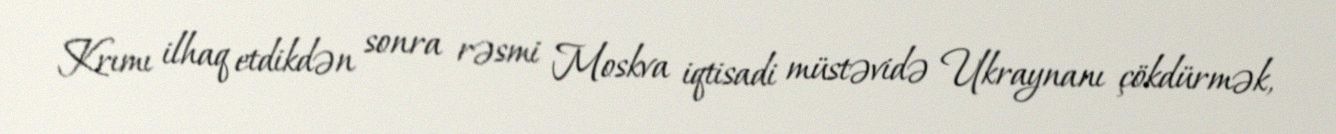
Krımı ilhaq etdikdən sonra rəsmi Moskva iqtisadi müstəvidə Ukraynanı çökdürmək,